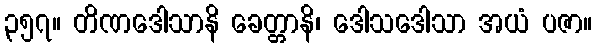
၃၅၇။ တိဏဒေါသာနိ ခေတ္တာနိ၊ ဒေါသဒေါသာ အယံ ပဇာ။